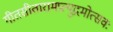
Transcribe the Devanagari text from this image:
गीतसीतारामप्रत्युद्गमोत्सवः